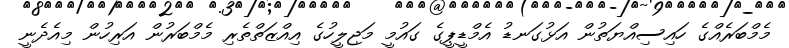
މެމްބަރެއްގެ ހައިސިއްޔަތުން އަޅުގަނޑު އެމްޑީޕީގެ ގައުމީ މަޖިލީހުގެ އިއްޒަތްތެރި މެމްބަރުން އަރިހުން މިއެދެނީ